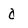
Character: d